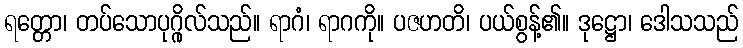
ရတ္တော၊ တပ်သောပုဂ္ဂိုလ်သည်။ ရာဂံ၊ ရာဂကို။ ပဇဟတိ၊ ပယ်စွန့်၏။ ဒုဋ္ဌော၊ ဒေါသသည်